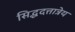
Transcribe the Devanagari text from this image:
सिद्धदत्तात्रेय